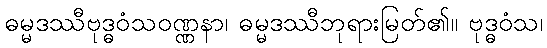
ဓမ္မဒဿီဗုဒ္ဓဝံသဝဏ္ဏနာ၊ ဓမ္မဒဿီဘုရားမြတ်၏။ ဗုဒ္ဓဝံသ၊